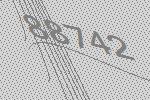
88742